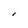
Character: l